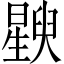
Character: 𬁚